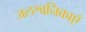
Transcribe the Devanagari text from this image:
जलश्वनिकाएँ